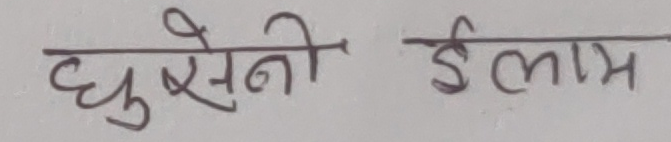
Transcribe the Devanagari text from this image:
घुसेनी ईलाम